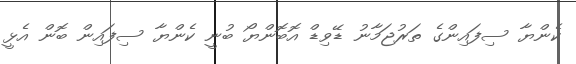
ކެންޔާ ސިފައިންގެ ތަރުޖަމާނު ޑޭވިޑް އޮބޮންޔޯ ބުނީ ކެންޔާ ސިފައިން ބޮން އެޅީ